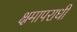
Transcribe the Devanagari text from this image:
क्षमापराधी